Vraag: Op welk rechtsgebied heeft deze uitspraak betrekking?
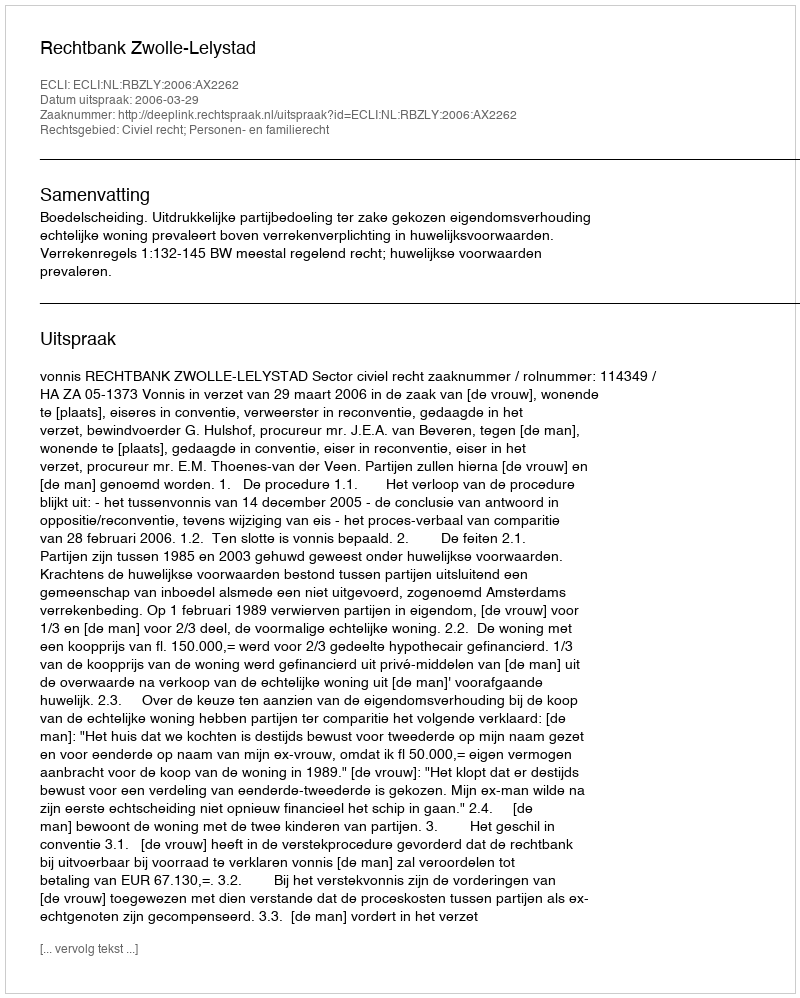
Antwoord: Civiel recht; Personen- en familierecht